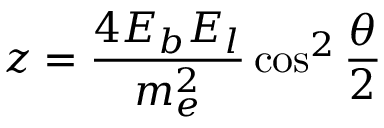
z = { \frac { 4 E _ { b } E _ { l } } { m _ { e } ^ { 2 } } } \cos ^ { 2 } \frac { \theta } { 2 }